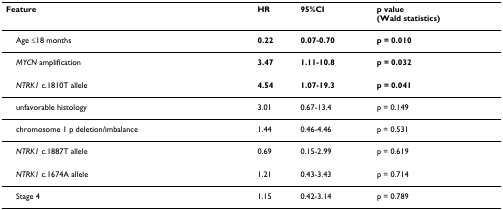
<table><thead><tr><td><b>Feature</b></td><td><b>HR</b></td><td><b>95%CI</b></td><td><b>p value(Wald statistics)</b></td></tr></thead><tbody><tr><td> Age ≤18 months</td><td><b>0.22</b></td><td><b>0.07-0.70</b></td><td><b>p = 0.010</b></td></tr><tr><td> <i>MYCN </i>amplification</td><td><b>3.47</b></td><td><b>1.11-10.8</b></td><td><b>p = 0.032</b></td></tr><tr><td> <i>NTRK1 </i>c.1810T allele</td><td><b>4.54</b></td><td><b>1.07-19.3</b></td><td><b>p = 0.041</b></td></tr><tr><td> unfavorable histology</td><td>3.01</td><td>0.67-13.4</td><td>p = 0.149</td></tr><tr><td> chromosome 1 p deletion/imbalance</td><td>1.44</td><td>0.46-4.46</td><td>p = 0.531</td></tr><tr><td> <i>NTRK1 </i>c.1887T allele</td><td>0.69</td><td>0.15-2.99</td><td>p = 0.619</td></tr><tr><td> <i>NTRK1 </i>c.1674A allele</td><td>1.21</td><td>0.43-3.43</td><td>p = 0.714</td></tr><tr><td> Stage 4</td><td>1.15</td><td>0.42-3.14</td><td>p = 0.789</td></tr></tbody></table>